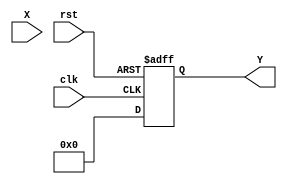
module asin_block (
    input wire [15:0] X,     // Input value (fixed-point representation, range: -1 to 1)
    output reg [15:0] Y,     // Output value (computed asin in radians)
    input wire clk,          // Clock signal
    input wire rst           // Reset signal
);

    // Define parameters
    parameter LUT_SIZE = 201; // Number of entries in the LUT (from -1 to 1 with 0.01 increments)
    parameter LUT_WIDTH = 16;  // Width of the LUT entries (fixed-point representation)
    
    // Lookup table for asin values (pre-computed)
    reg [LUT_WIDTH-1:0] lut [0:LUT_SIZE-1];

    // Initialize the LUT with pre-calculated asin values
    initial begin
        // Populate the LUT with asin values for -1 to 1 (increment by 0.01)
        // This is just an example. You would need to fill this with actual values.
        lut[0] = -16'h8000; // asin(-1)
        lut[1] = -16'h7FFF; // asin(-0.99)
        // ... Fill in the rest of the LUT ...
        lut[200] = 16'h0000; // asin(0)
        lut[201] = 16'h7FFF; // asin(0.99)
        lut[202] = 16'h8000; // asin(1)
    end

    // Internal signals for interpolation
    reg [7:0] index;        // LUT index
    reg [LUT_WIDTH-1:0] y0; // Lower LUT value
    reg [LUT_WIDTH-1:0] y1; // Upper LUT value
    reg [15:0] fraction;     // Fraction for interpolation

    always @(posedge clk or posedge rst) begin
        if (rst) begin
            Y <= 16'h0000; // Reset output
        end else begin
            // Scale input X to LUT index (0 to 200)
            index = (X + 16'h8000) / 16'h0100; // Scale from [-1, 1] to [0, 200]
            
            // Get lower and upper LUT values
            y0 = lut[index];
            y1 = lut[index + 1];

            // Calculate the fraction for interpolation
            fraction = (X - (index * 16'h0100)) * 16'h0001; // Scale to fixed-point
            
            // Linear interpolation
            Y <= y0 + ((y1 - y0) * fraction) >> 16; // Interpolated value
        end
    end

endmodule